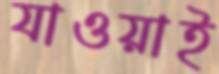
যাওয়াই